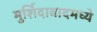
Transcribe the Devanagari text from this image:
मुर्शिदाबादमध्ये